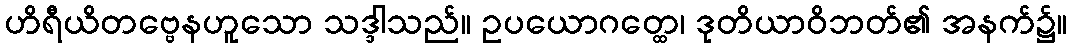
ဟိရီယိတဗ္ဗေနဟူသော သဒ္ဒါသည်။ ဥပယောဂတ္ထေ၊ ဒုတိယာဝိဘတ်၏ အနက်၌။